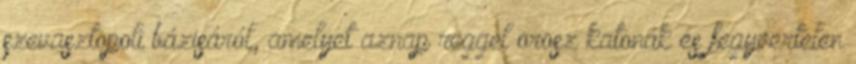
szevasztopoli bázisáról, amelyet aznap reggel orosz katonák és fegyvertelen